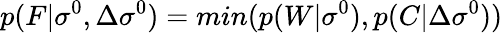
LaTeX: p(F|\sigma^{0},\Delta\sigma^{0})=min(p(W|\sigma^{0}),p(C|\Delta\sigma^{0}))